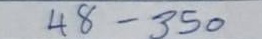
48 - 350